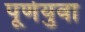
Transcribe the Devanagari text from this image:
पूर्णयुवा